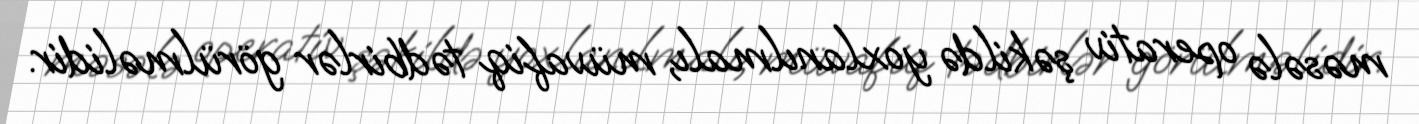
məsələ operativ şəkildə yoxlanılmalı, müvafiq tədbirlər görülməlidir.